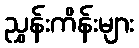
ညွှန်းကိန်းများ